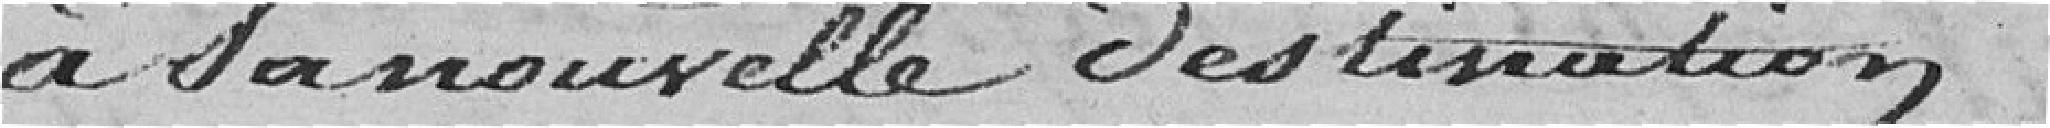
à sa nouvelle destination.